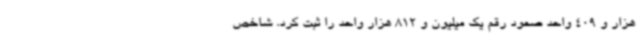
هزار و 409 واحد صعود رقم یک میلیون و 812 هزار واحد را ثبت کرد. شاخص